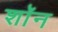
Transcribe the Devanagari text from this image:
शाॅन